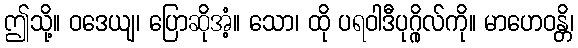
ဤသို့။ ဝဒေယျ၊ ပြောဆိုအံ့။ သော၊ ထို ပရဝါဒီပုဂ္ဂိုလ်ကို။ မာဟေဝန္တိ၊